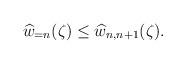
LaTeX: \begin{align*} \widehat{w}_{=n}(\zeta)\leq \widehat{w}_{n,n+1}(\zeta). \end{align*}